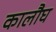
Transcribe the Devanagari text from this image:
कालौघ